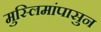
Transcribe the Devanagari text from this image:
मुस्लिमांपासुन